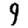
Digit: 9